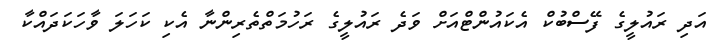
އަދި ރައުލީގެ ފޭސްބުކް އެކައުންޓްއަށް ވަދެ ރައުލީގެ ރަހުމަތްތެރިންނާ އެކި ކަހަލަ ވާހަކަދައްކާ